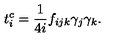
t _ { i } ^ { c } = \frac { 1 } { 4 i } f _ { i j k } { { \gamma } } _ { j } { { \gamma } } _ { k } .